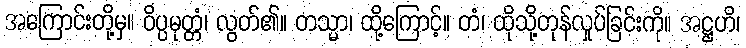
အကြောင်းတို့မှ။ ဝိပ္ပမုတ္တံ၊ လွတ်၏။ တသ္မာ၊ ထို့ကြောင့်။ တံ၊ ထိုသို့တုန်လှုပ်ခြင်းကို။ အဋ္ဌဟိ၊